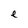
Character: e